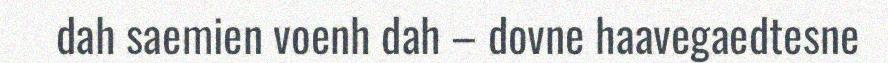
dah saemien voenh dah – dovne haavegaedtesne